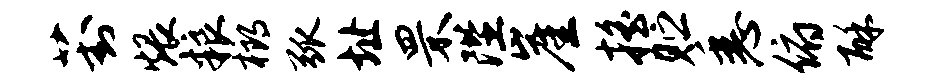
葑煨粮榔弧址罘陛崖摇贮悉俯酥